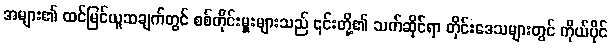
အများ၏ ထင်မြင်ယူဆချက်တွင် စစ်တိုင်းမှူးများသည် ၎င်းတို့၏ သက်ဆိုင်ရာ တိုင်းဒေသများတွင် ကိုယ်ပိုင်